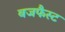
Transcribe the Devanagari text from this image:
बजफैस्ट